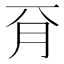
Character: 𣍡